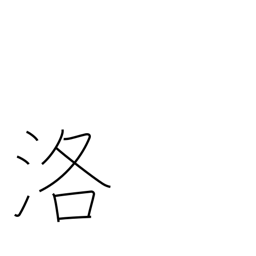
Meaning: the capital